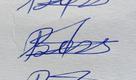
Signature authenticity: genuine